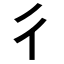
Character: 彳